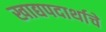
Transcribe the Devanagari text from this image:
खाद्यपदार्थाचे